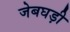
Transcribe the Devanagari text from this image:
जेबघड़ी